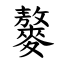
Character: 䵅